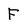
Character: F